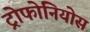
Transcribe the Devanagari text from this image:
ट्रोफोनियोस